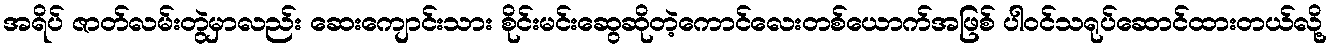
အရိပ် ဇာတ်လမ်းတွဲမှာလည်း ဆေးကျောင်းသား စိုင်းမင်းဆွေဆိုတဲ့ကောင်လေးတစ်ယောက်အဖြစ် ပါဝင်သရုပ်ဆောင်ထားတယ်လို့